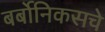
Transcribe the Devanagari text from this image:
बर्बोनिकसचे